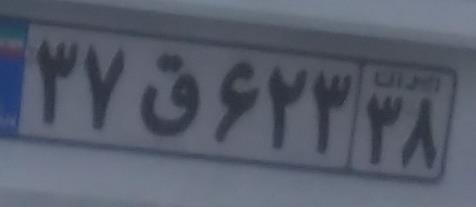
۳۷ق۶۲۳۳۸